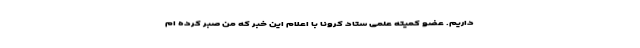
داریم. عضو کمیته علمی ستاد کرونا با اعلام این خبر که من صبر کرده ام